Vaccination North-Western Provinces and Oudh 1896-1901 - 1896-1901
Year: 1896
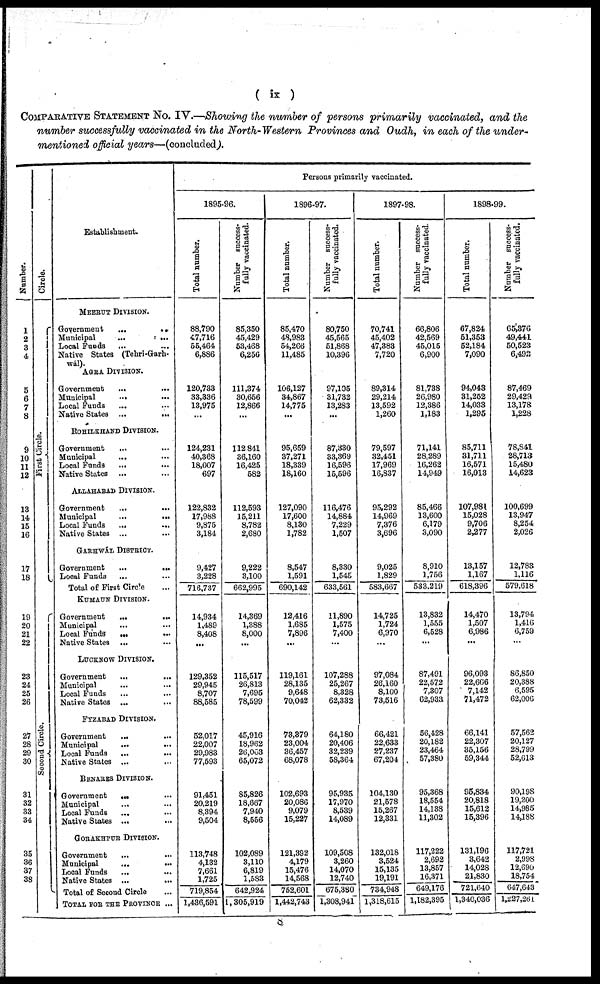
( ix )
COMPARATIVE STATEMENT No. IV.—Showing the number of persons primarily vaccinated, and the
number successfully vaccinated in the North-Western Provinces and Oudh, in each of the under-
mentioned official years—(concluded).
Number.
1
2
3
4
5
6
7
8
9
10
11
12
13
14
15
16
17
18
19
20
21
22
23
24
25
26
27
28
29
30
31
32
33
34
35
36
37
38
Circle.
First Circle.
Second Circle.
Establishment.
MEERUT DIVISION.
Government
...
...
Municipal
...
...
Local Funds ... ...
Native States (Tehri-Garh¬
wál).
AGRA DIVISION.
Government
...
...
Municipal
... ...
Local Funds
... ...
Native States ... ...
ROHILKHAND DIVISION.
Government
... ...
Municipal
... ...
Local Funds ... ...
Native States ... ...
ALLAHABAD DIVISION.
Government
... ...
Municipal
...
...
Local Funds
... ...
Native States ... ...
GARHWÁL DISTRICT.
Government
...
...
Local Funds ... ...
Total of First Circle ... ...
KUMAUN DIVISION.
Government
...
...
Municipal ... ...
Local Funds ... ...
Native States ... ...
LUCKNOW DIVISION.
Government
...
...
Municipal ... ...
Local Funds ... ...
Native States ... ...
FYZABAD DIVISION.
Government ... ...
Municipal ... ...
Local Funds ... ...
Native States ... ...
BENARES DIVISION.
Government
... ...
Municipal ... ...
Local Funds ... ...
Native States ... ...
GORAKHPUR DIVISION.
Government
... ...
Municipal
...
...
Local Funds
... ...
Native States
...
...
Total of Second Circle ...
TOTAL FOR THE PROVINCE ...
Persons primarily vaccinated.
1895-96.
Total number.
88,790
47,716
55,464
6,886
120,733
33,336
13,975
...
124,231
40,368
18,007
697
122,832
17,988
9,875
3,184
9,427
3,228
716,737
14,934
1,489
8,408
...
129,352
29,945
8,707
88,585
52,017
22,007
29,983
77,593
91,451
20,219
8,394
9,504
113,748
4,132
7,661
1,725
719,854
1,436,591
Number success¬
fully vaccinated.
85,350
45,429
53,468
6,256
111,374
30,656
12,866
...
112,841
36,160
16,425
582
112,593
15,211
8,782
2,680
9,222
3,100
662,995
14,369
1,388
8,000
...
115,517
26,813
7,695
78,599
45,916
18,962
26,003
65,072
85,826
18,667
7,940
8,556
102,089
3,110
6,819
1,583
642,924
1,305,919
1896-97.
Total number.
85,470
48,983
54,266
11,485
106,127
34,867
14,775
...
95,659
37,271
18,339
18,160
127,090
17,600
8,130
1,782
8,547
1,591
690,142
12,416
1,685
7,896
...
119,161
28,135
9,648
70,042
73,379
23,004
36,457
68,078
102,693
20,086
9,079
15,227
121,392
4,179
15,476
14,568
752,601
1,442,743
Number success-
fully vaccinated.
80,750
45,565
51,868
10,396
97,105
31,732
13,283
...
87,330
33,369
16,596
15,596
116,476
14,884
7,229
1,507
8,330
1,545
633,561
11,890
1,575
7,400
...
107,288
25,267
8,328
62,332
64,180
20,406
32,239
58,364
95,935
17,970
8,539
14,089
109,508
3,260
14,070
12,740
675,380
1,308,941
1897-98.
Total number.
70,741
45,402
47,383
7,720
89,314
29,214
13,592
1,260
79,597
32,451
17,969
16,837
95,292
14,969
7,376
3,696
9,025
1,829
583,667
14,725
1,724
6,970
...
97,084
26,160
8,100
73,516
66,421
22,633
27,237
67,204
104,130
21,578
15,267
12,331
132,018
3,524
15,135
19,191
734,948
1,318,615
Number success-
fully vaccinated.
66,806
42,569
45,015
6,900
81,738
26,980
12,386
1,183
71,141
28,289
16,262
14,949
85,466
13,600
6,179
3,090
8,910
1,756
533,219
13,832
1,555
6,528
...
87,491
22,572
7,307
62,933
56,428
20,182
23,464
57,380
95,368
18,554
14,138
11,302
117,222
2,692
13,857
16,371
649,176
1,182,395
1898-99.
Total number.
67,824
51,353
52,184
7,090
94,043
31,252
14,033
1,295
85,711
31,711
16,571
16,013
107,981
15,028
9,706
2,277
13,157
1,167
618,396
14,470
1,507
6,986
...
96,093
22,666
7,142
71,472
66,141
22,307
35,156
59,344
95,834
20,818
15,612
15,396
131,196
3,642
14,028
21,830
721,640
1,340,036
Number success-
fully vaccinated.
65,376
49,441
50,523
6,492
87,469
29,429
13,178
1,228
78,841
28,713
15,480
14,623
100,699
13,947
8,254
2,026
12,783
1,116
579,618
13,794
1,416
6,759
...
86,850
20,388
6,595
62,006
57,562
20,127
28,799
52,613
90,198
19,200
14,985
14,188
117,721
2,998
12,690
18,754
647,643
1,227,261
8